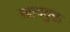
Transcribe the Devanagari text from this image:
खादयुक्त